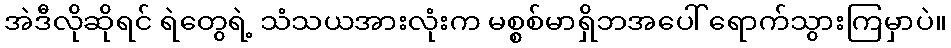
အဲဒီလိုဆိုရင် ရဲတွေရဲ့ သံသယအားလုံးက မစ္စစ်မာရှိဘအပေါ် ရောက်သွားကြမှာပဲ။